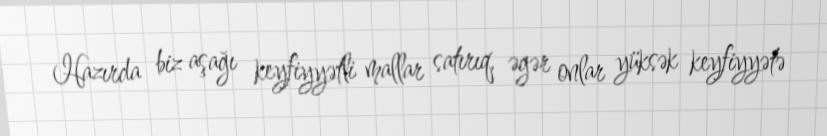
Hazırda biz aşağı keyfiyyətli mallar satırıq, əgər onlar yüksək keyfiyyətə